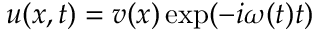
u ( x , t ) = v ( x ) \exp ( - i \omega ( t ) t )